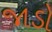
જાડો